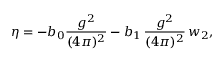
\eta = - b _ { 0 } \frac { g ^ { 2 } } { ( 4 \pi ) ^ { 2 } } - b _ { 1 } \, \frac { g ^ { 2 } } { ( 4 \pi ) ^ { 2 } } \, w _ { 2 } ,